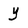
Character: y